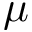
\mu